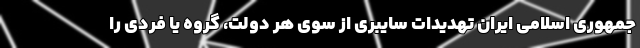
جمهوری اسلامی ایران تهدیدات سایبری از سوی هر دولت، گروه یا فردی را